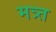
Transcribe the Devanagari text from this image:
मत्र्त